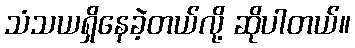
သံသယရှိနေခဲ့တယ်လို့ ဆိုပါတယ်။